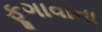
ફૂગાવાના